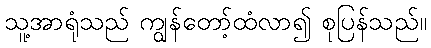
သူ့အာရုံသည် ကျွန်တော့်ထံလာ၍ စုပြန်သည်။